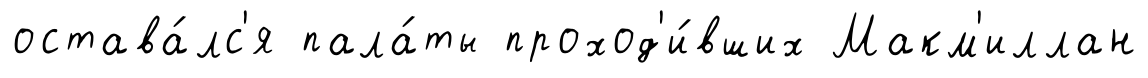
остава́лс'я пала́ты проход'и́вших Макм'иллан